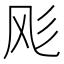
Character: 𱃔